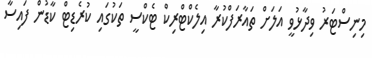
މިނިސްޓަރު ވިދާޅުވީ އަލަށް ތައާރަފްކުރާ އިލެކްޓްރިކް ޓެކްސީ ތަކުގައި ކުރެޑިޓް ކާޑުން ފައިސާ